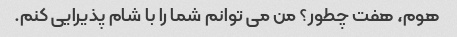
هوم، هفت چطور؟ من می توانم شما را با شام پذیرایی کنم.